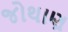
જોથાણ